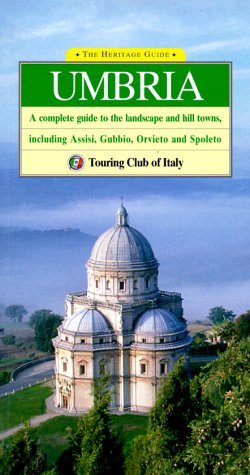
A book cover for The Heritage Guide Umbria; Touring Club Italiano; Travel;